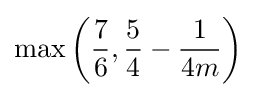
\max \left({\frac {7}{6}},{\frac {5}{4}}-{\frac {1}{4m}}\right)